Annual report on the Civil Veterinary Department, Burma (including the Insein Veterinary School) - 1932-1941
Year: 1932
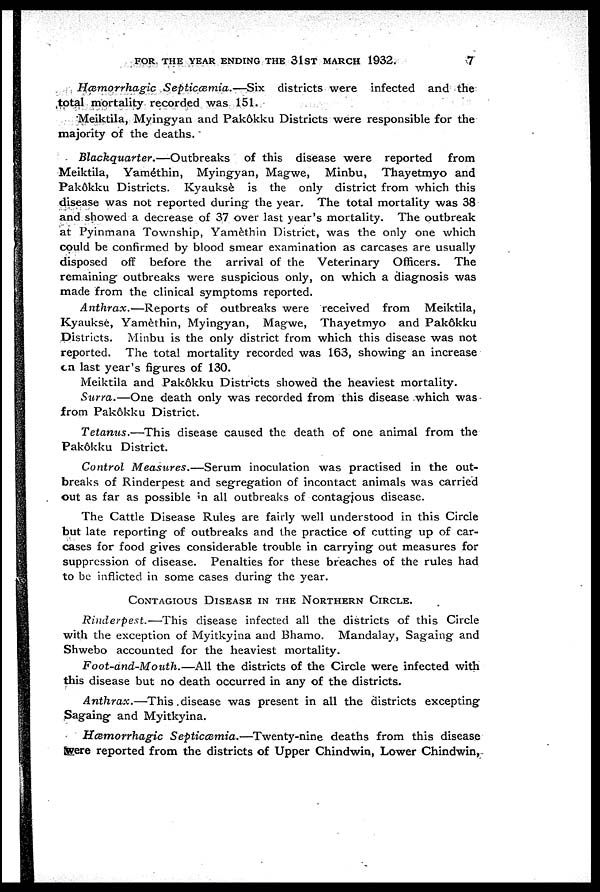
FOR THE YEAR ENDING THE 31ST MARCH 1932.
7
Hæmorrhagic
Septicæmia.—Six
districts were infected and the
total mortality recorded was 151.
Meiktila, Myingyan and Pakôkku Districts were responsible for the
majority of the deaths.
Blackquarter.—Outbreaks
of this disease were reported
from
Meiktila, Yaméthin, Myingyan, Magwe, Minbu, Thayetmyo and
Pakôkku Districts. Kyauksè is the only district from which this
disease was not reported during the year. The total mortality was 38
and showed a decrease of 37 over last year's mortality. The outbreak
at Pyinmana Township, Yamèthin District, was the only one which
could be confirmed by blood smear examination as carcases are usually
disposed off before the arrival of the Veterinary Officers. The
remaining outbreaks were suspicious only, on which a diagnosis was
made from the clinical symptoms reported.
Anthrax.—Reports
of outbreaks were received from
Meiktila,
Kyaukse, Yamèthin, Myingyan, Magwe, Thayetmyo and Pakôkku
Districts. Minbu is the only district from which this disease was not
reported. The total mortality recorded was 163, showing an increase
on last year's figures of 130.
Meiktila and Pakôkku Districts showed the heaviest mortality.
Surra.—One
death only was recorded from this disease which was
from Pakôkku District.
Tetanus.—This
disease caused the death of one animal from the
Pakôkku District.
Control Measures.—Serum
inoculation was practised in the out-
breaks of Rinderpest and segregation of incontact animals was carried
out as far as possible in all outbreaks of contagious disease.
The Cattle Disease Rules are fairly well understood in this Circle
but late reporting of outbreaks and the practice of cutting up of car-
cases for food gives considerable trouble in carrying out measures for
suppression of disease. Penalties for these breaches of the rules had
to be inflicted in some cases during the year.
CONTAGIOUS DISEASE IN THE NORTHERN CIRCLE.
Rinderpest.—This
disease infected all the districts of this Circle
with the exception of Myitkyina and Bhamo. Mandalay, Sagaing and
Shwebo accounted for the heaviest mortality.
Foot-and-Mouth.—All
the districts of the Circle were infected with
this disease but no death occurred in any of the districts.
Anthrax.—This
disease was present in all the districts excepting
Sagaing and Myitkyina.
Hæmorrhagic
Septicæmia.—Twenty-nine
deaths from this disease
were reported from the districts of Upper Chindwin, Lower Chindwin,